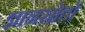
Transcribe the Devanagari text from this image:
ज्ञानस्रोतों